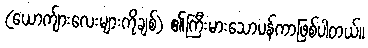
(ယောက်ျားလေးများကိုချစ်) ၏ကြီးမားသောပန်ကာဖြစ်ပါတယ်။